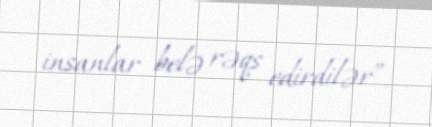
insanlar belə rəqs edirdilər”.